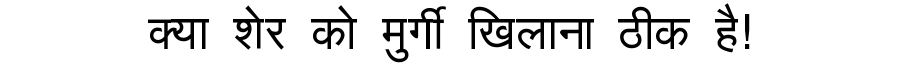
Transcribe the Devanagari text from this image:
क्या शेर को मुर्गी खिलाना ठीक है!